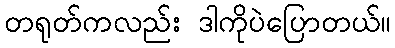
တရုတ်ကလည်း ဒါကိုပဲပြောတယ်။